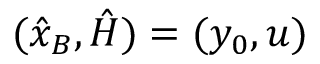
( \hat { x } _ { B } , \hat { H } ) = ( y _ { 0 } , u )